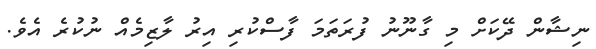
ނިޝާން ދޭކަށް މި ގާނޫނު ފުރަތަމަ ފާސްކުރި އިރު ލާޒިމެއް ނުކުރެ އެވެ.